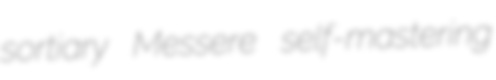
sortiary Messere self-mastering